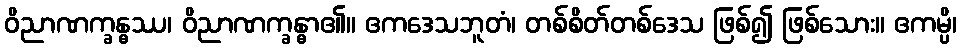
ဝိညာဏက္ခန္ဓဿ၊ ဝိညာဏက္ခန္ဓာ၏။ ဧကဒေသဘူတံ၊ တစ်စိတ်တစ်ဒေသ ဖြစ်၍ ဖြစ်သေား။ ဧကမ္ပိ၊